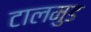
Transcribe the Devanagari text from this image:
टालमुड